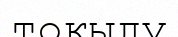
тоқылу